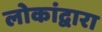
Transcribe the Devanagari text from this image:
लोकांद्वारा